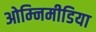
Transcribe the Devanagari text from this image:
ओम्‍निमीडिया